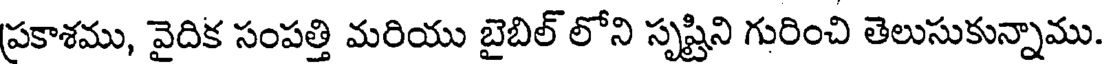
ప్రకాశము, వైదిక సంపత్తి మరియు బైబిల్ లోని సృష్టిని గురించి తెలుసుకున్నాము.